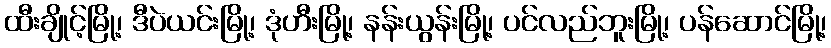
ထီးချိုင့်မြို့၊ ဒီပဲယင်းမြို့၊ ဒုံဟီးမြို့၊ နန်းယွန်းမြို့၊ ပင်လည်ဘူးမြို့၊ ပန်ဆောင်မြို့၊